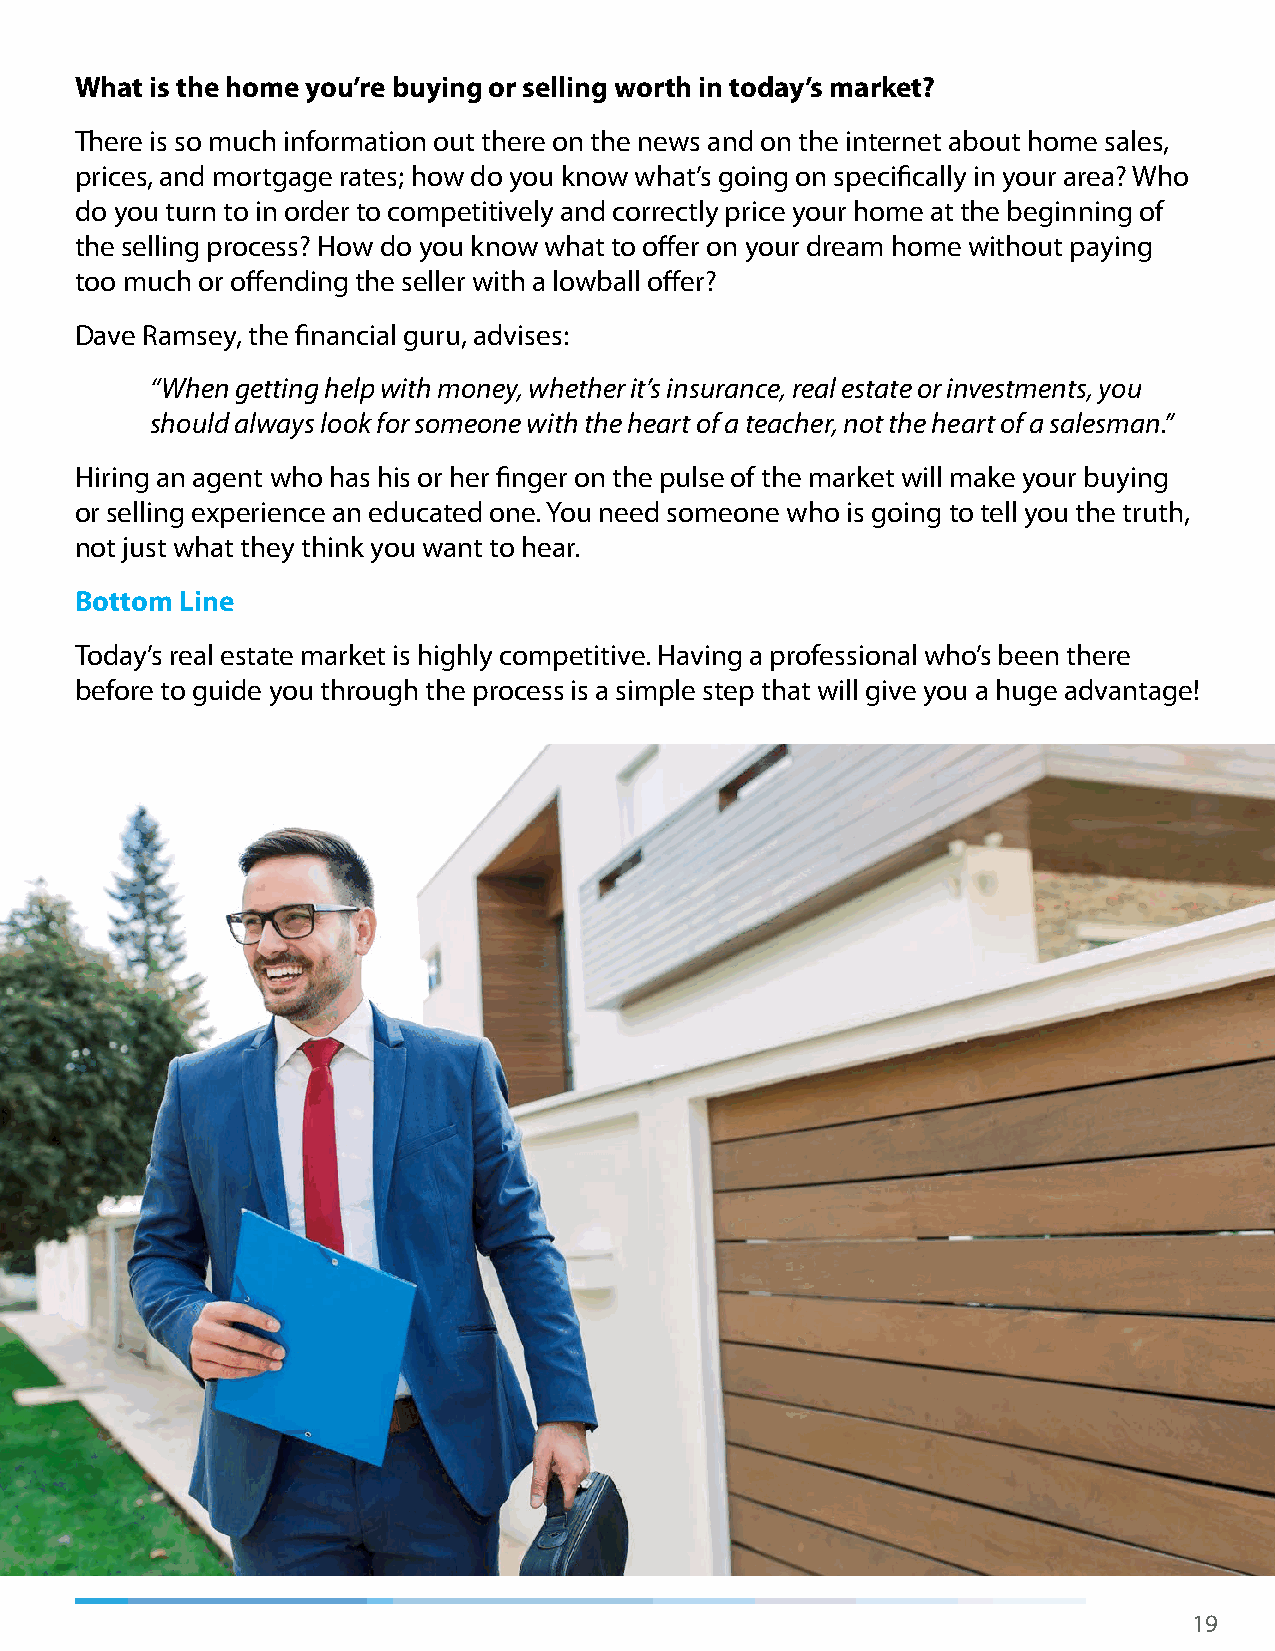
What is the home you’re buying or selling worth in today’s market?
 There is so much information out there on the news and on the internet about home sales,
 prices, and mortgage rates; how do you know what’s going on specifically in your area? Who
 do you turn to in order to competitively and correctly price your home at the beginning of
 the selling process? How do you know what to offer on your dream home without paying
 too much or offending the seller with a lowball offer?
 Dave Ramsey, the financial guru, advises:
 “When getting help with money, whether it’s insurance, real estate or investments, you
 should always look for someone with the heart of a teacher, not the heart of a salesman.”
 Hiring an agent who has his or her finger on the pulse of the market will make your buying
 or selling experience an educated one. You need someone who is going to tell you the truth,
 not just what they think you want to hear.
 Bottom Line
 Today’s real estate market is highly competitive. Having a professional who’s been there
 before to guide you through the process is a simple step that will give you a huge advantage!
 19